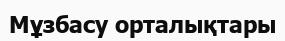
Мұзбасу орталықтары